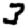
Digit: 3